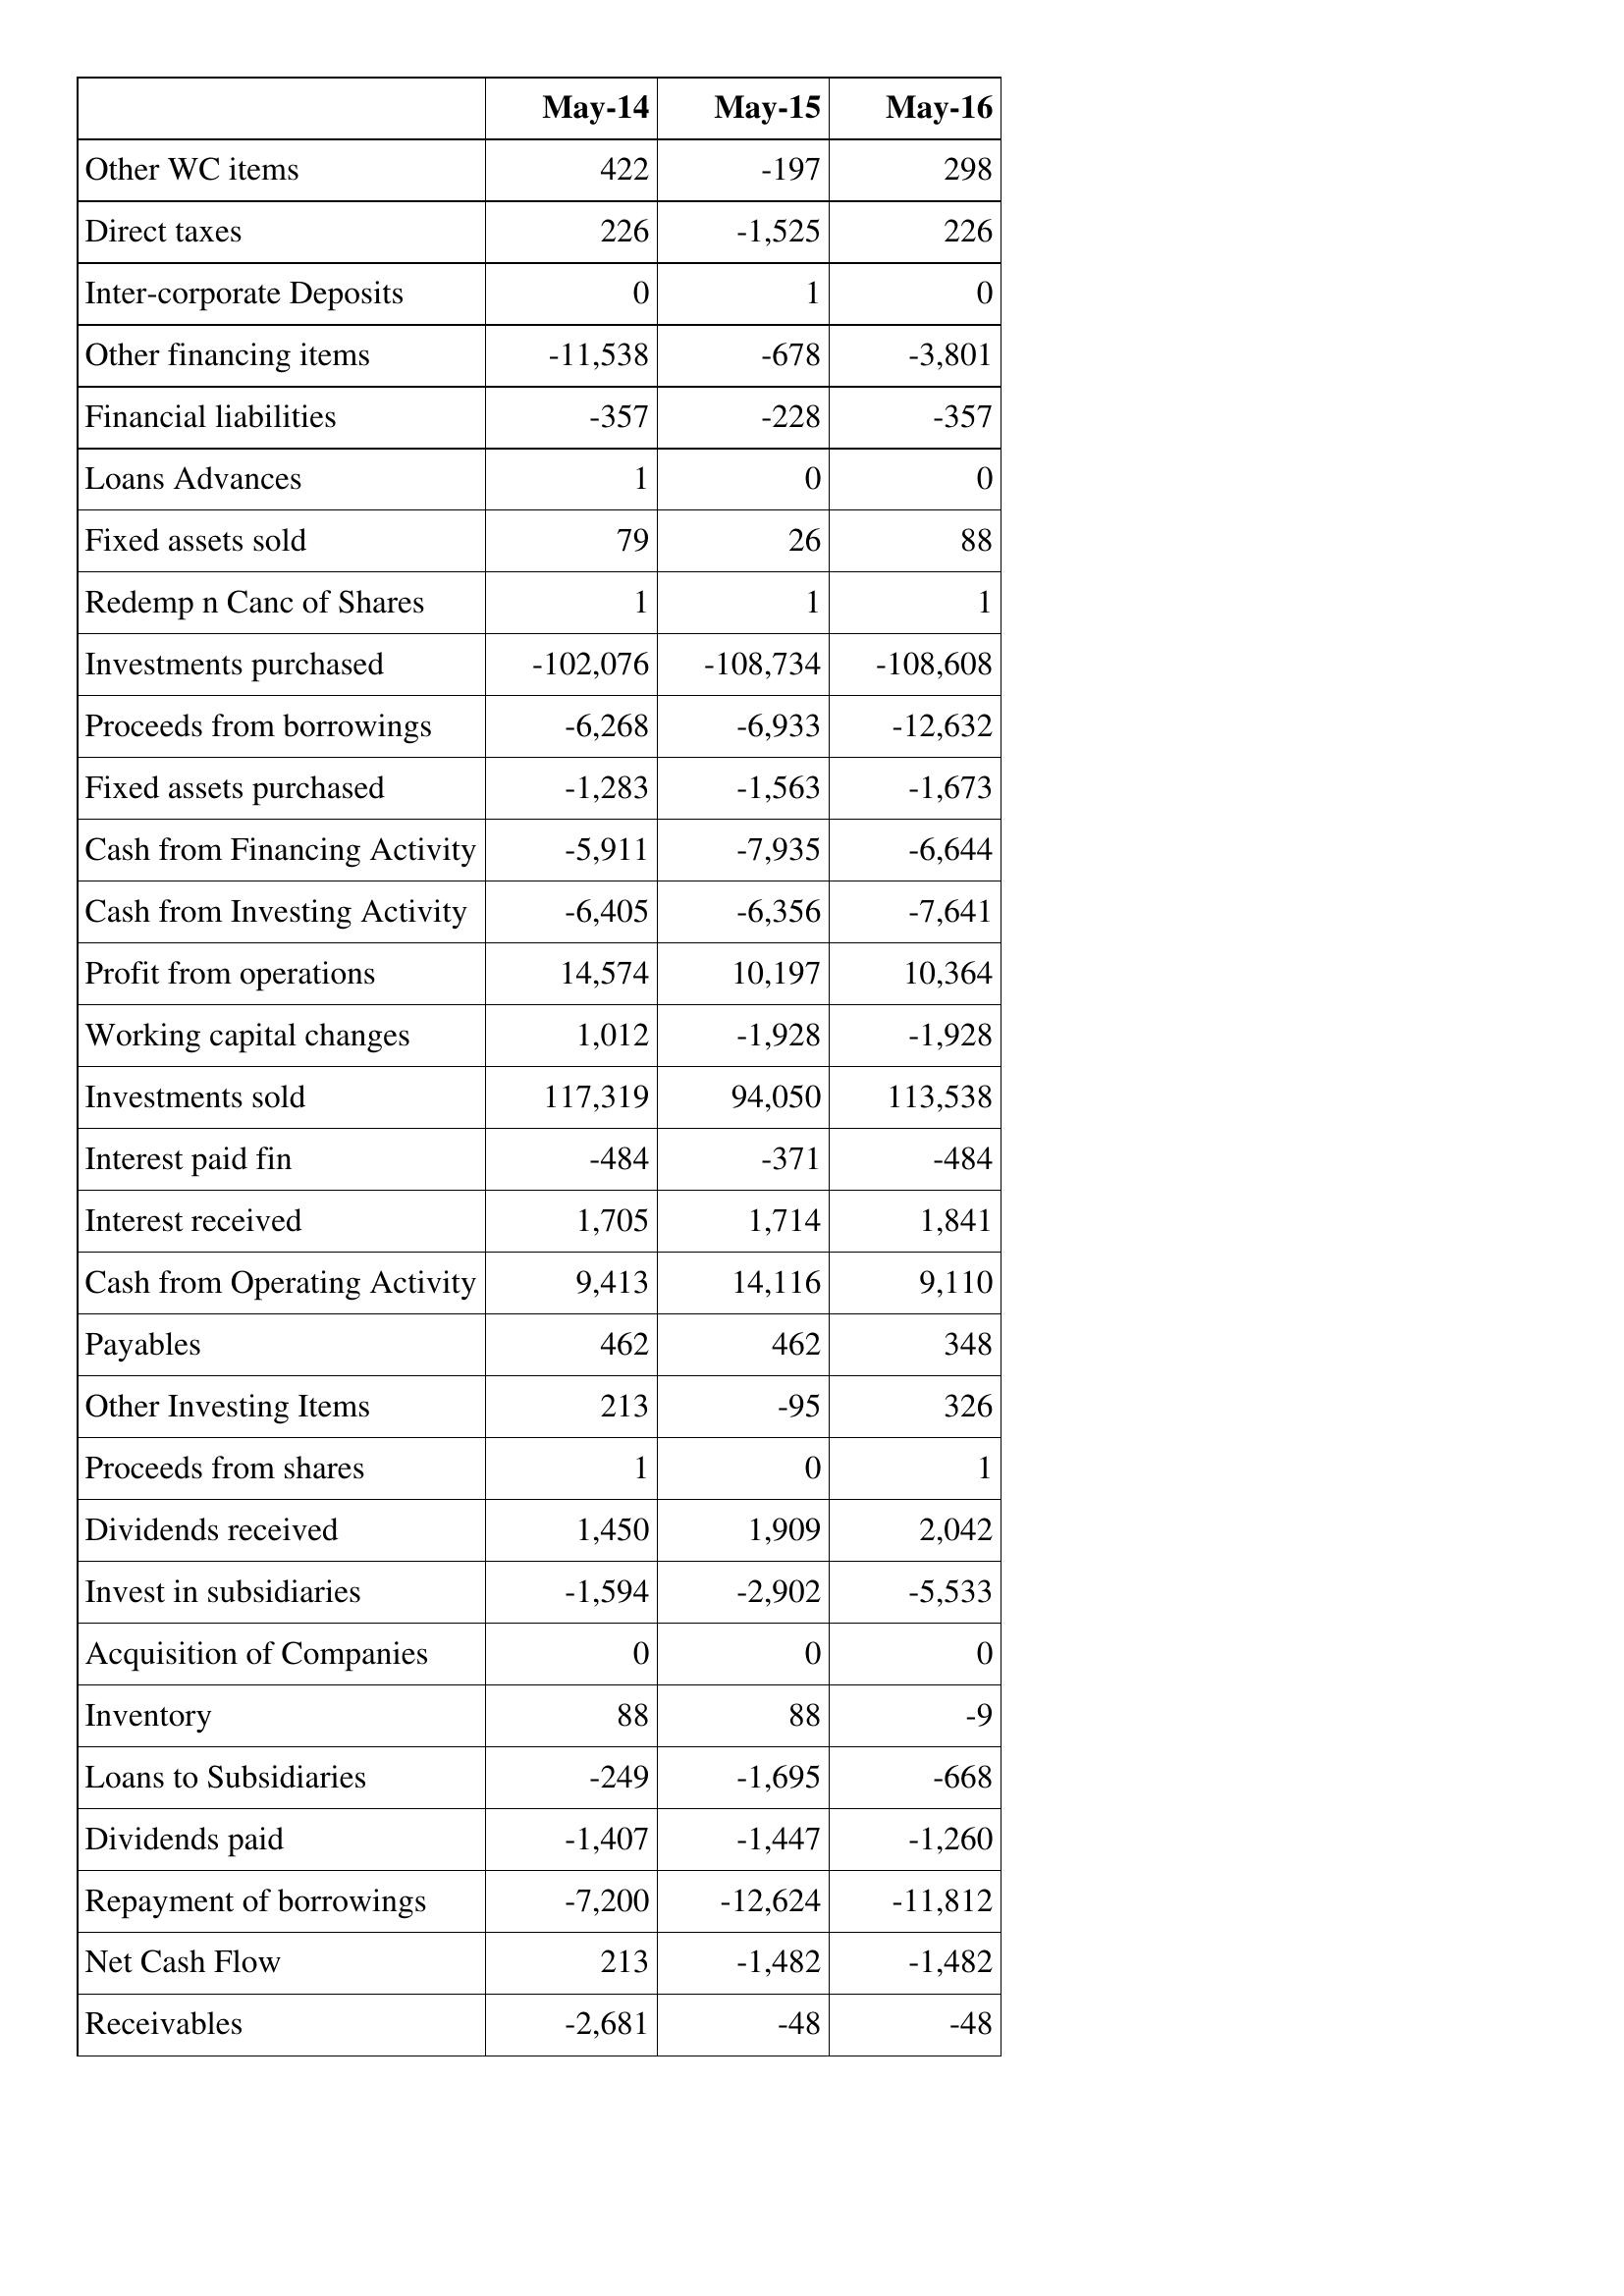
May-14: Cash Flows: Other WC items: 422
Direct taxes: 226
Inter-corporate Deposits: 0
Other financing items: -11,538
Financial liabilities: -357
Loans Advances: 1
Fixed assets sold: 79
Redemp n Canc of Shares: 1
Investments purchased: -102,076
Proceeds from borrowings: -6,268
Fixed assets purchased: -1,283
Cash from Financing Activity: -5,911
Cash from Investing Activity: -6,405
Profit from operations: 14,574
Working capital changes: 1,012
Investments sold: 117,319
Interest paid fin: -484
Interest received: 1,705
Cash from Operating Activity: 9,413
Payables: 462
Other Investing Items: 213
Proceeds from shares: 1
Dividends received: 1,450
Invest in subsidiaries: -1,594
Acquisition of Companies: 0
Inventory: 88
Loans to Subsidiaries: -249
Dividends paid: -1,407
Repayment of borrowings: -7,200
Net Cash Flow: 213
Receivables: -2,681
May-15: Cash Flows: Other WC items: -197
Direct taxes: -1,525
Inter-corporate Deposits: 1
Other financing items: -678
Financial liabilities: -228
Loans Advances: 0
Fixed assets sold: 26
Redemp n Canc of Shares: 1
Investments purchased: -108,734
Proceeds from borrowings: -6,933
Fixed assets purchased: -1,563
Cash from Financing Activity: -7,935
Cash from Investing Activity: -6,356
Profit from operations: 10,197
Working capital changes: -1,928
Investments sold: 94,050
Interest paid fin: -371
Interest received: 1,714
Cash from Operating Activity: 14,116
Payables: 462
Other Investing Items: -95
Proceeds from shares: 0
Dividends received: 1,909
Invest in subsidiaries: -2,902
Acquisition of Companies: 0
Inventory: 88
Loans to Subsidiaries: -1,695
Dividends paid: -1,447
Repayment of borrowings: -12,624
Net Cash Flow: -1,482
Receivables: -48
May-16: Cash Flows: Other WC items: 298
Direct taxes: 226
Inter-corporate Deposits: 0
Other financing items: -3,801
Financial liabilities: -357
Loans Advances: 0
Fixed assets sold: 88
Redemp n Canc of Shares: 1
Investments purchased: -108,608
Proceeds from borrowings: -12,632
Fixed assets purchased: -1,673
Cash from Financing Activity: -6,644
Cash from Investing Activity: -7,641
Profit from operations: 10,364
Working capital changes: -1,928
Investments sold: 113,538
Interest paid fin: -484
Interest received: 1,841
Cash from Operating Activity: 9,110
Payables: 348
Other Investing Items: 326
Proceeds from shares: 1
Dividends received: 2,042
Invest in subsidiaries: -5,533
Acquisition of Companies: 0
Inventory: -9
Loans to Subsidiaries: -668
Dividends paid: -1,260
Repayment of borrowings: -11,812
Net Cash Flow: -1,482
Receivables: -48